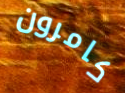
كامرون